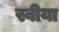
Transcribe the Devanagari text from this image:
स्वीया